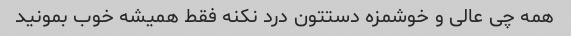
همه چی عالی و خوشمزه دستتون درد نکنه فقط همیشه خوب بمونید